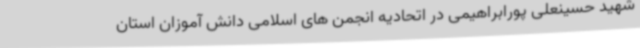
شهید حسینعلی پورابراهیمی در اتحادیه انجمن های اسلامی دانش آموزان استان